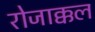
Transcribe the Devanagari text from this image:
रोजाक्कल